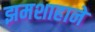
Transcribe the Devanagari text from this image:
झमशाहाने